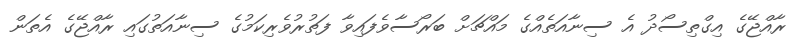
ރާއްޖޭގެ އިގްތިސޯދު އެ ސިނާއަތެއްގެ މައްޗަށް ބަރޯސާވެފައިވާ ފަތުރުވެރިކަމުގެ ސިނާއަތުގައި ރާއްޖޭގެ އެތަން